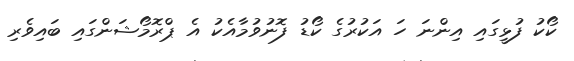
ކޯކު ފުޅީގައި އިންނަ ހަ އަކުރުގެ ކޯޑު ފޮނުވުމާއެކު އެ ޕްރޮމޯޝަންގައި ބައިވެރި